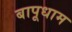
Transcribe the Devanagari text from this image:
बापूधाम